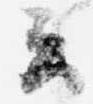
云